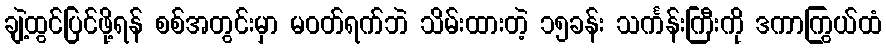
ချဲ့ထွင်ပြင်ဖို့ရန် စစ်အတွင်းမှာ မဝတ်ရက်ဘဲ သိမ်းထားတဲ့ ၁၅ခန်း သင်္ကန်းကြီးကို ဒကာကြွယ်ထံ